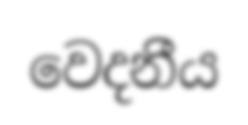
වෙදනීය